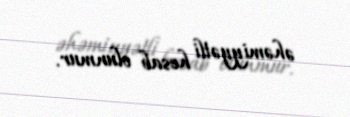
əhəmiyyətli hesab olunmur.